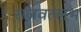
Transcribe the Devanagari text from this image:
राजवल्‍लभ